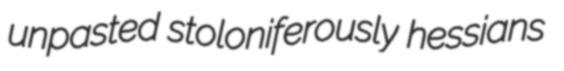
unpasted stoloniferously hessians